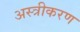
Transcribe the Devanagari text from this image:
अस्त्रीकरण